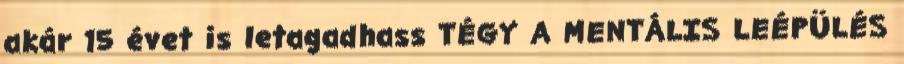
akár 15 évet is letagadhass TÉGY A MENTÁLIS LEÉPÜLÉS